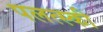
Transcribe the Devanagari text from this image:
पलत्स्की